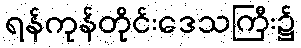
ရန်ကုန်တိုင်းဒေသကြီး၌